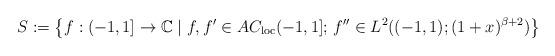
LaTeX: \begin{align*}S:=\left\{ f:(-1,1]\rightarrow\mathbb{C}\mid f,f^{\prime}\in AC_{\mathrm{loc}}(-1,1];\,f^{\prime\prime}\in L^{2}((-1,1);(1+x)^{\beta+2})\right\} \,\end{align*}